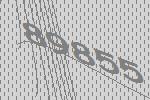
89855